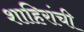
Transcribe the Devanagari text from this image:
शाहिरांची